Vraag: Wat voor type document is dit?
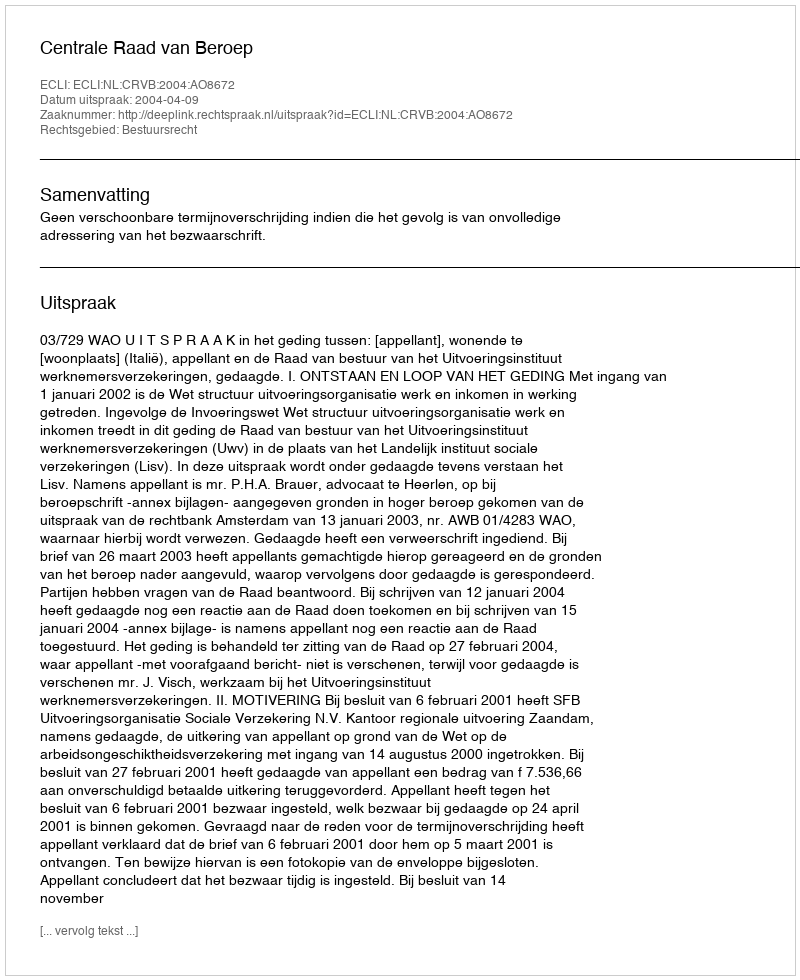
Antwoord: Uitspraak